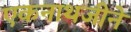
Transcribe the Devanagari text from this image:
एकनाथजीने